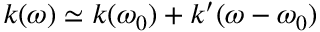
k ( \omega ) \simeq k ( \omega _ { 0 } ) + k ^ { \prime } ( \omega - \omega _ { 0 } )